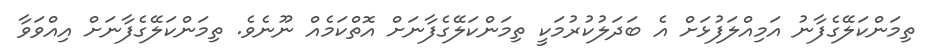
ތިމަންކަލޭގެފާނު އަމިއްލަފުޅަށް އެ ބަދަލުކުރުމަކީ ތިމަންކަލޭގެފާނަށް އޮތްކަމެއް ނޫނެވެ. ތިމަންކަލޭގެފާނަށް އިއްވަވާ